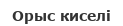
Орыс киселі